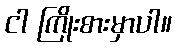
ငါ ကြိုးစားမှာပါ။